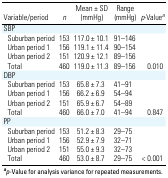
| Variable/period | n | Mean ± SD (mmHg) | Range (mmHg) | p-Valuea |
 | --- | --- | --- | --- | --- |
 | <COLSPAN=2> SBP |
 | Suburban period | 153 | 117.0 ± 10.1 | 91–146 |
 | Urban period 1 | 156 | 119.1 ± 11.4 | 90–154 |
 | Urban period 2 | 151 | 120.9 ± 12.1 | 89–156 |
 | Total | 460 | 119.0 ± 11.3 | 89–156 | 0.010 |
 | <COLSPAN=2> DBP |
 | Suburban period | 153 | 65.8 ± 7.3 | 41–91 |
 | Urban period 1 | 156 | 66.2 ± 6.9 | 54–94 |
 | Urban period 2 | 151 | 65.9 ± 6.7 | 54–89 |
 | Total | 460 | 66.0 ± 7.0 | 41–94 | 0.847 |
 | <COLSPAN=2> PP |
 | Suburban period | 153 | 51.2 ± 8.3 | 29–75 |
 | Urban period 1 | 156 | 52.9 ± 7.9 | 32–71 |
 | Urban period 2 | 151 | 55.0 ± 9.3 | 32–73 |
 | Total | 460 | 53.0 ± 8.7 | 29–75 | < 0.001 |
 | <COLSPAN=6> ap-Value for analysis variance for repeatedmeasurements. |